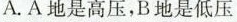
A.A地是高压，B地是低压